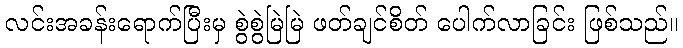
လင်းအခန်းရောက်ပြီးမှ စွဲစွဲမြဲမြဲ ဖတ်ချင်စိတ် ပေါက်လာခြင်း ဖြစ်သည်။